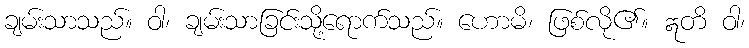
ချမ်းသာသည်။ ဝါ၊ ချမ်းသာခြင်းသို့ရောက်သည်။ ဟောမိ၊ ဖြစ်လို၏။ ဣတိ ဝါ၊